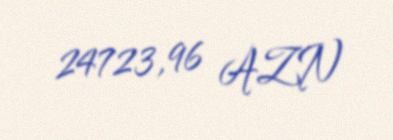
24723,96 AZN